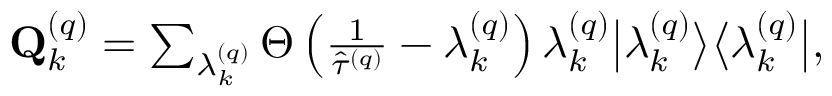
\begin{array} { r } { \mathbf { Q } _ { k } ^ { \left( q \right) } = \sum _ { \lambda _ { k } ^ { \left( q \right) } } \Theta \left( \frac { 1 } { \widehat { \tau } ^ { \left( q \right) } } - \lambda _ { k } ^ { \left( q \right) } \right) \lambda _ { k } ^ { \left( q \right) } \big \vert \lambda _ { k } ^ { \left( q \right) } \big \rangle \big \langle \lambda _ { k } ^ { \left( q \right) } \big \vert , } \end{array}